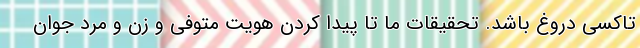
تاکسی دروغ باشد. تحقیقات ما تا پیدا کردن هویت متوفی و زن و مرد جوان